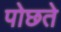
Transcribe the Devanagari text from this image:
पोछते